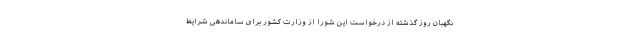
نگهبان روز گذشته از درخواست این شورا از وزارت کشور برای ساماندهی شرایط